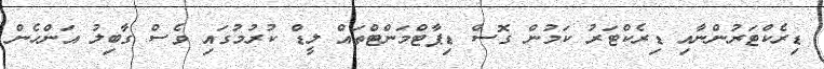
ޑިރެކްޓަރުންނާއި ޑިރެކްޓަރު ކަމުން ގޮސް ޑިޕާޓްމަންޓްތައް ލީޑް ކުރުމުގައި ވެސް ގާބިލު އަންހެން